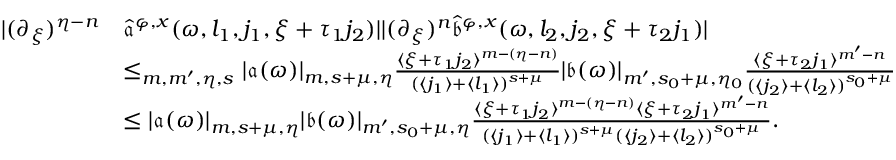
\begin{array} { r l } { | ( \partial _ { \xi } ) ^ { \eta - n } } & { \widehat { \mathfrak { a } } ^ { \varphi , x } ( \omega , l _ { 1 } , j _ { 1 } , \xi + \tau _ { 1 } j _ { 2 } ) | | ( \partial _ { \xi } ) ^ { n } \widehat { \mathfrak { b } } ^ { \varphi , x } ( \omega , l _ { 2 } , j _ { 2 } , \xi + \tau _ { 2 } j _ { 1 } ) | } \\ & { \le _ { m , m ^ { \prime } , \eta , s } | \mathfrak { a } ( \omega ) | _ { m , s + \mu , \eta } \frac { \langle \xi + \tau _ { 1 } j _ { 2 } \rangle ^ { m - ( \eta - n ) } } { ( \langle j _ { 1 } \rangle + \langle l _ { 1 } \rangle ) ^ { s + \mu } } | \mathfrak { b } ( \omega ) | _ { m ^ { \prime } , s _ { 0 } + \mu , \eta _ { 0 } } \frac { \langle \xi + \tau _ { 2 } j _ { 1 } \rangle ^ { m ^ { \prime } - n } } { ( \langle j _ { 2 } \rangle + \langle l _ { 2 } \rangle ) ^ { s _ { 0 } + \mu } } } \\ & { \le | \mathfrak { a } ( \omega ) | _ { m , s + \mu , \eta } | \mathfrak { b } ( \omega ) | _ { m ^ { \prime } , s _ { 0 } + \mu , \eta } \frac { \langle \xi + \tau _ { 1 } j _ { 2 } \rangle ^ { m - ( \eta - n ) } \langle \xi + \tau _ { 2 } j _ { 1 } \rangle ^ { m ^ { \prime } - n } } { ( \langle j _ { 1 } \rangle + \langle l _ { 1 } \rangle ) ^ { s + \mu } ( \langle j _ { 2 } \rangle + \langle l _ { 2 } \rangle ) ^ { s _ { 0 } + \mu } } . } \end{array}